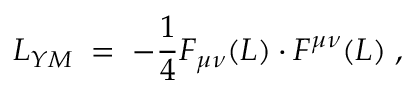
{ \cal L } _ { Y M } \; = \; - \frac { 1 } { 4 } F _ { \mu \nu } ( L ) \cdot F ^ { \mu \nu } ( L ) \; ,